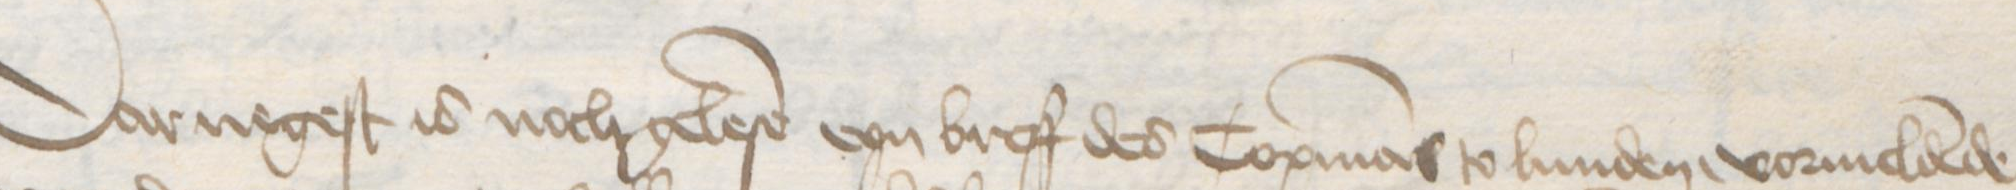
Transcription: Darnegest is noch gelese eyn breff des Copmans to Lunden, vormeldende